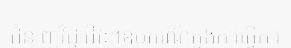
ជំនាញវិជ្ជាជីវៈ។ឧបករណ៍ក្នុងការធ្វើការ